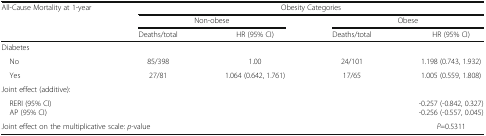
| All-Cause Mortality at 1-year | <COLSPAN=4> Obesity Categories |
 |  | <COLSPAN=2> Non-obese | <COLSPAN=2> Obese |
 |  | Deaths/total | HR (95% CI) | Deaths/total | HR (95% CI) |
 | --- | --- | --- | --- | --- |
 | <COLSPAN=5> Diabetes |
 | No | 85/398 | 1.00 | 24/101 | 1.198 (0.743, 1.932) |
 | Yes | 27/81 | 1.064 (0.642, 1.761) | 17/65 | 1.005 (0.559, 1.808) |
 | Joint effect (additive): |  |  |  |  |
 | RERI (95% CI) AP (95% CI) |  |  |  | -0.257 (-0.842, 0.327)-0.256 (-0.557, 0.045) |
 | <COLSPAN=4> Joint effect on the multiplicative scale: p-value | P=0.5311 |